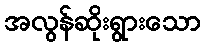
အလွန်ဆိုးရွားသော